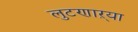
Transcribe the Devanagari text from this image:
लुटणाऱ्या